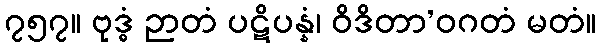
၇၅၇။ ဗုဒ္ဓံ ဉာတံ ပဋိပန္နံ၊ ဝိဒိတာ’ဝဂတံ မတံ။